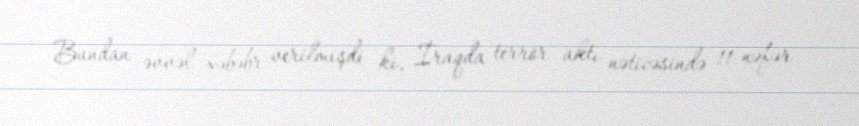
Bundan əvvəl xəbəbr verilmişdi ki, İraqda terror aktı nəticəsində 11 nəfər